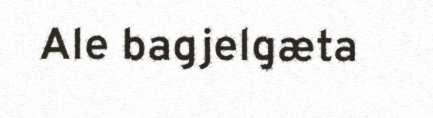
Ale bagjelgæta